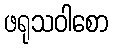
ဖရုသဝါစော